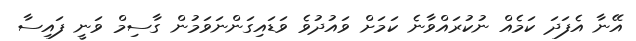
އޭނާ އެފަދަ ކަމެއް ނުކުރައްވާނެ ކަމަށް ވައުދުވެ ވަޑައިގަންނަވަމުން ގާސިމް ވަނީ ފައިސާ